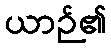
ယာဉ်၏